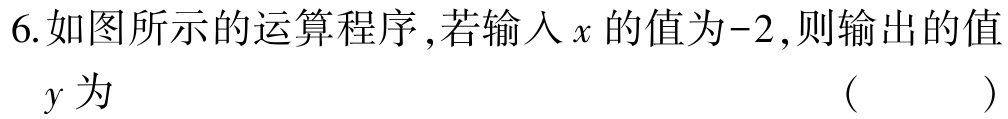
6.如图所示的运算程序,若输入\(x\)的值为\(-2\),则输出的值\(y\)为 （  ）